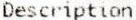
DESCRIPTION